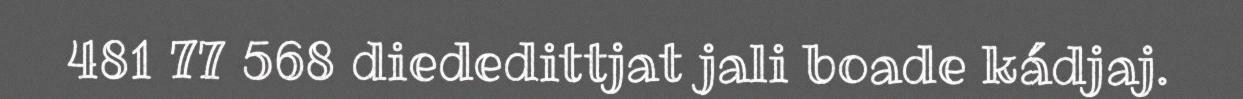
481 77 568 diededittjat jali boade kádjaj.